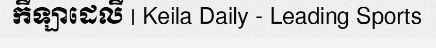
កីឡាដេលី | Keila Daily - Leading Sports